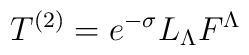
T^{(2)} = e^{-\sigma} L_\Lambda  F^\Lambda